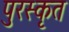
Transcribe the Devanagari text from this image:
पुरस्‍कृत